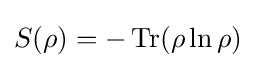
S(\rho )=-\operatorname {Tr} (\rho \ln \rho )